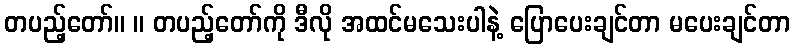
တပည့်တော်။ ။ တပည့်တော်ကို ဒီလို အထင်မသေးပါနဲ့ ပြောပေးချင်တာ မပေးချင်တာ